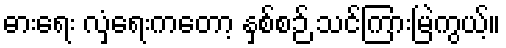
ဓားရေး လှံရေးကတော့ နှစ်စဉ် သင်ကြားမြဲကွယ့်။